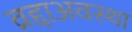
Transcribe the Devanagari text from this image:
व्रद्दाअवस्था